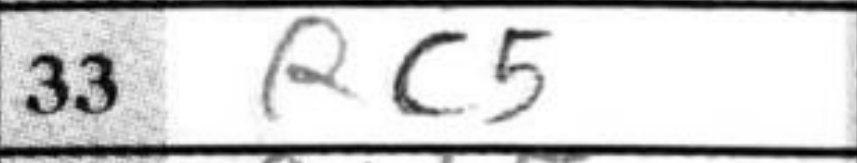
Transcription: Rc5